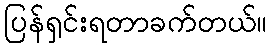
ပြန်ရှင်းရတာခက်တယ်။